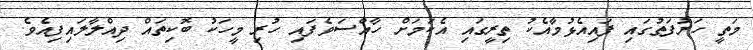
މަތީ ހަރުފަތުގައި ފައިއެޅުމާއެކު ތިރީގައި އެކަމަށް ހާއްސަވެފައި ހުރި މީހަކު ބޮކިތައް ދިއްލާލައިފިއެވެ.